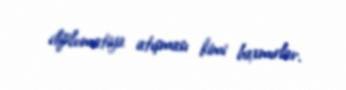
diplomatiya atışması kimi baxmırlar.